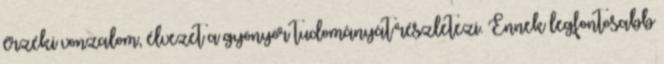
érzéki vonzalom, élvezet a gyönyör tudományát részletezi. Ennek legfontosabb